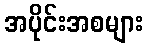
အပိုင်းအစများ